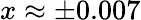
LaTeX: x\approx\pm 0.007